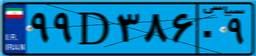
۹۹D۳۸۶۰۹